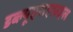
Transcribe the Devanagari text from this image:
डब्ल्यूएसएफ़एल